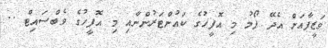
ވަޒީފާއަށް އެދޭ ފޯމު މި އޮފީހުގެ ކައުންޓަރުންނާއި މި އޮފީހުގެ ވެބްސައިޓް ..